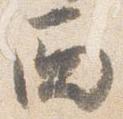
西